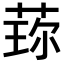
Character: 𬝍